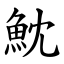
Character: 魫